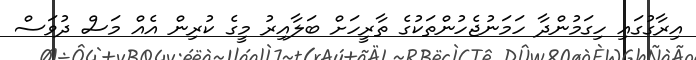
އިރާގުގައި ހިގަމުންދާ ހަމަނުޖެހުންތަކުގެ ތާރީހަށް ބަލާއިރު މީގެ ކުރިން އެއް މަސް ދުވަސް